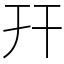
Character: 幵